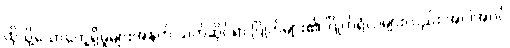
ထိုသို့သောတွေ့ရှိမှုများအနက် သက်ဆိုင်ရာ ဂြိုဟ်များ၏ ဂြိုဟ်ရံလများလည်း အပါအဝင်